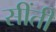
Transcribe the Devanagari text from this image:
सींती